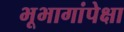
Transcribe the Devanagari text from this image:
भूभागांपेक्षा